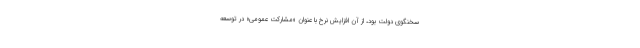
سخنگوی دولت بود، از آن افزایش نرخ با عنوان «مشارکت عمومی» در توسعه